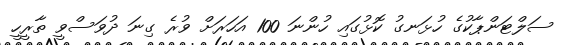
ސަލްޓަންޕާކުގެ ހުޅަނގު ކޮޅުގައި ހުންނަ 100 އަހަރަށް ވުރެ ގިނަ ދުވަސްވީ ތާރީހީ